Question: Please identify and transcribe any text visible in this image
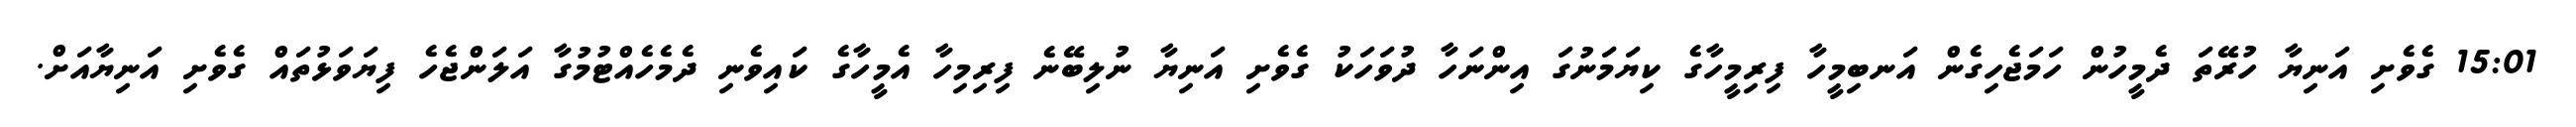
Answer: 15:01 ގެވެށި އަނިޔާ ހުރޭތަ ދެމީހުން ހަމަޖެހިގެން އަނބިމީހާ ފިރިމީހާގެ ކިޔަމަނުގަ އިންނަހާ ދުވަހަކު ގެވެށި އަނިޔާ ނުލިބޭނެ ފިރިމިހާ އެމީހާގެ ކައިވެނި ދެމެހެއްޓުމުގާ އަލަންޖެހެ ފިޔަވަޅުތައް ގެވެށި އަނިޔާއަށް.